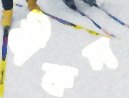
বীকন